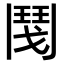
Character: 𩰎